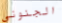
الجنوني